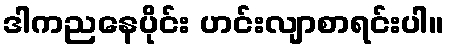
ဒါကညနေပိုင်း ဟင်းလျာစာရင်းပါ။